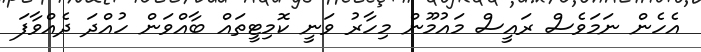
އެހެން ނަމަވެސް ރައީސް މައުމޫން މިހާރު ވަނީ ކޮމިޓީތައް ބާއްވަން ހުއްދަ ދެއްވާފަ